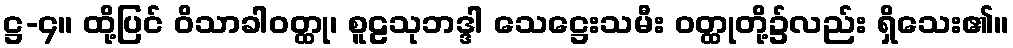
ဋ္ဌ-၄။ ထို့ပြင် ဝိသာခါဝတ္ထု၊ စူဠသုဘဒ္ဒါ သေဋ္ဌေးသမီး ဝတ္ထုတို့၌လည်း ရှိသေး၏။